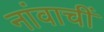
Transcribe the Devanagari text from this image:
नांवाचीं